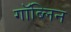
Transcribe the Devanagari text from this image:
गॉब्लिन